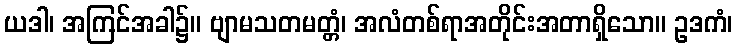
ယဒါ၊ အကြင်အခါ၌။ ဗျာမသတမတ္တံ၊ အလံတစ်ရာအတိုင်းအတာရှိသော။ ဥဒကံ၊